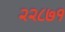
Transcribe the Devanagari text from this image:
२२८७१